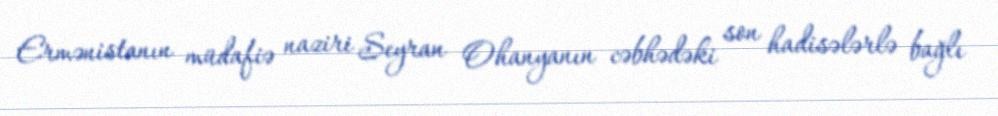
Ermənistanın müdafiə naziri Seyran Ohanyanın cəbhədəki son hadisələrlə bağlı